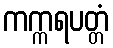
ကက္ကရပတ္တံ